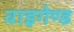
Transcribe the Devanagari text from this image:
वाइगेण्ड